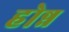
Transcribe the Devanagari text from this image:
होन्न